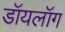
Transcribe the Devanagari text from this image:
डॉयलॉग